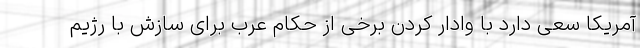
آمریکا سعی دارد با وادار کردن برخی از حکام عرب برای سازش با رژیم